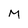
Character: M